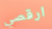
ارقصي